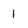
Character: l